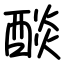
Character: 醈